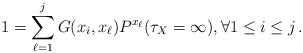
LaTeX: \begin{align*}1=\sum_{\ell=1}^j G(x_i,x_\ell) P^{x_\ell}(\tau_X=\infty), \forall 1 \le i \le j \,.\end{align*}